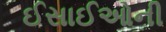
ઈસાઈઓની